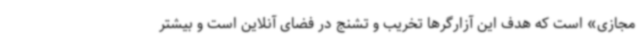
مجازی» است که هدف این آزارگرها تخریب و تشنج در فضای آنلاین است و بیشتر